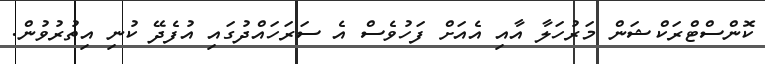
ކޮންސްޓްރަކްޝަން މަރުހަލާ އާއި އެއަށް ފަހުވެސް އެ ސަރަހައްދުގައި އުފެދޭ ކުނި އިތުރުވުން.